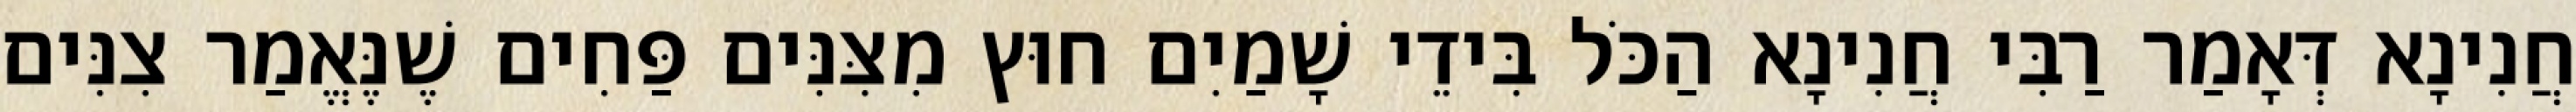
חֲנִינָא דְּאָמַר רַבִּי חֲנִינָא הַכֹּל בִּידֵי שָׁמַיִם חוּץ מִצִּנִּים פַּחִים שֶׁנֶּאֱמַר צִנִּים